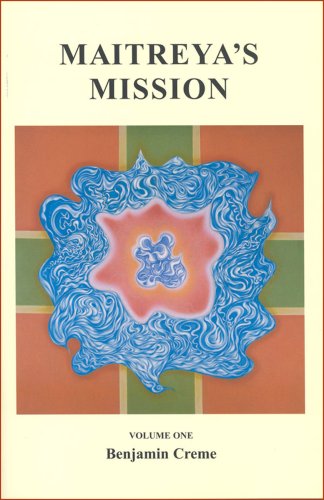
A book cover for Maitreya's Mission (Volume 1); Benjamin Creme; Religion & Spirituality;